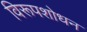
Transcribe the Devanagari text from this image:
विरूपशोधन